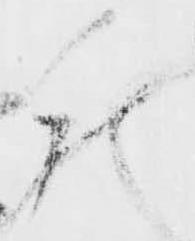
仕